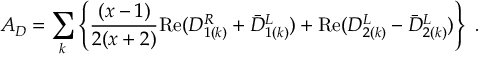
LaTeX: A _ { D } = \sum _ { k } \left\{ \frac { ( x - 1 ) } { 2 ( x + 2 ) } \mathrm { R e } ( { \cal D } _ { 1 ( k ) } ^ { R } + { \bar { \cal D } } _ { 1 ( k ) } ^ { L } ) + \mathrm { R e } ( { \cal D } _ { 2 ( k ) } ^ { L } - { \bar { \cal D } } _ { 2 ( k ) } ^ { L } ) \right\} ~ .